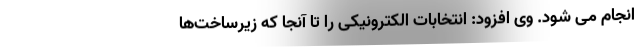
انجام می شود. وی افزود: انتخابات الکترونیکی را تا آنجا که زیرساخت‌ها